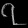
Digit: ၇